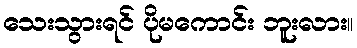
သေးသွားရင် ပိုမကောင်း ဘူးလား။